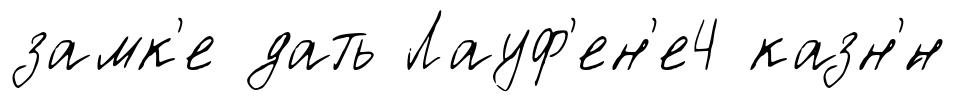
замк'е дать Лауф'ен'е4 казн'́н